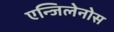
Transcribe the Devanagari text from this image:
एन्जिलेनोस